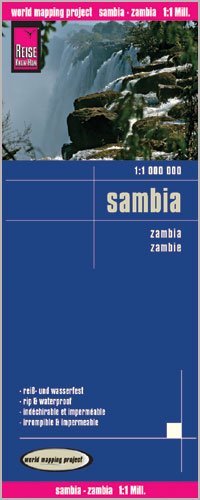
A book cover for Zambia 1:1,000,000 Travel Map, waterproof, GPS compatible REISE, 2012 edition; Reise Knowhow; Travel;